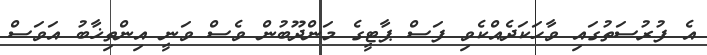
އެ ފުރުސަތުގައި ވާހަކަދެއްކެވި ފަސް ޕާޓީގެ މަންދޫބުން ވެސް ވަނީ އިންތިޚާބު އަވަސް